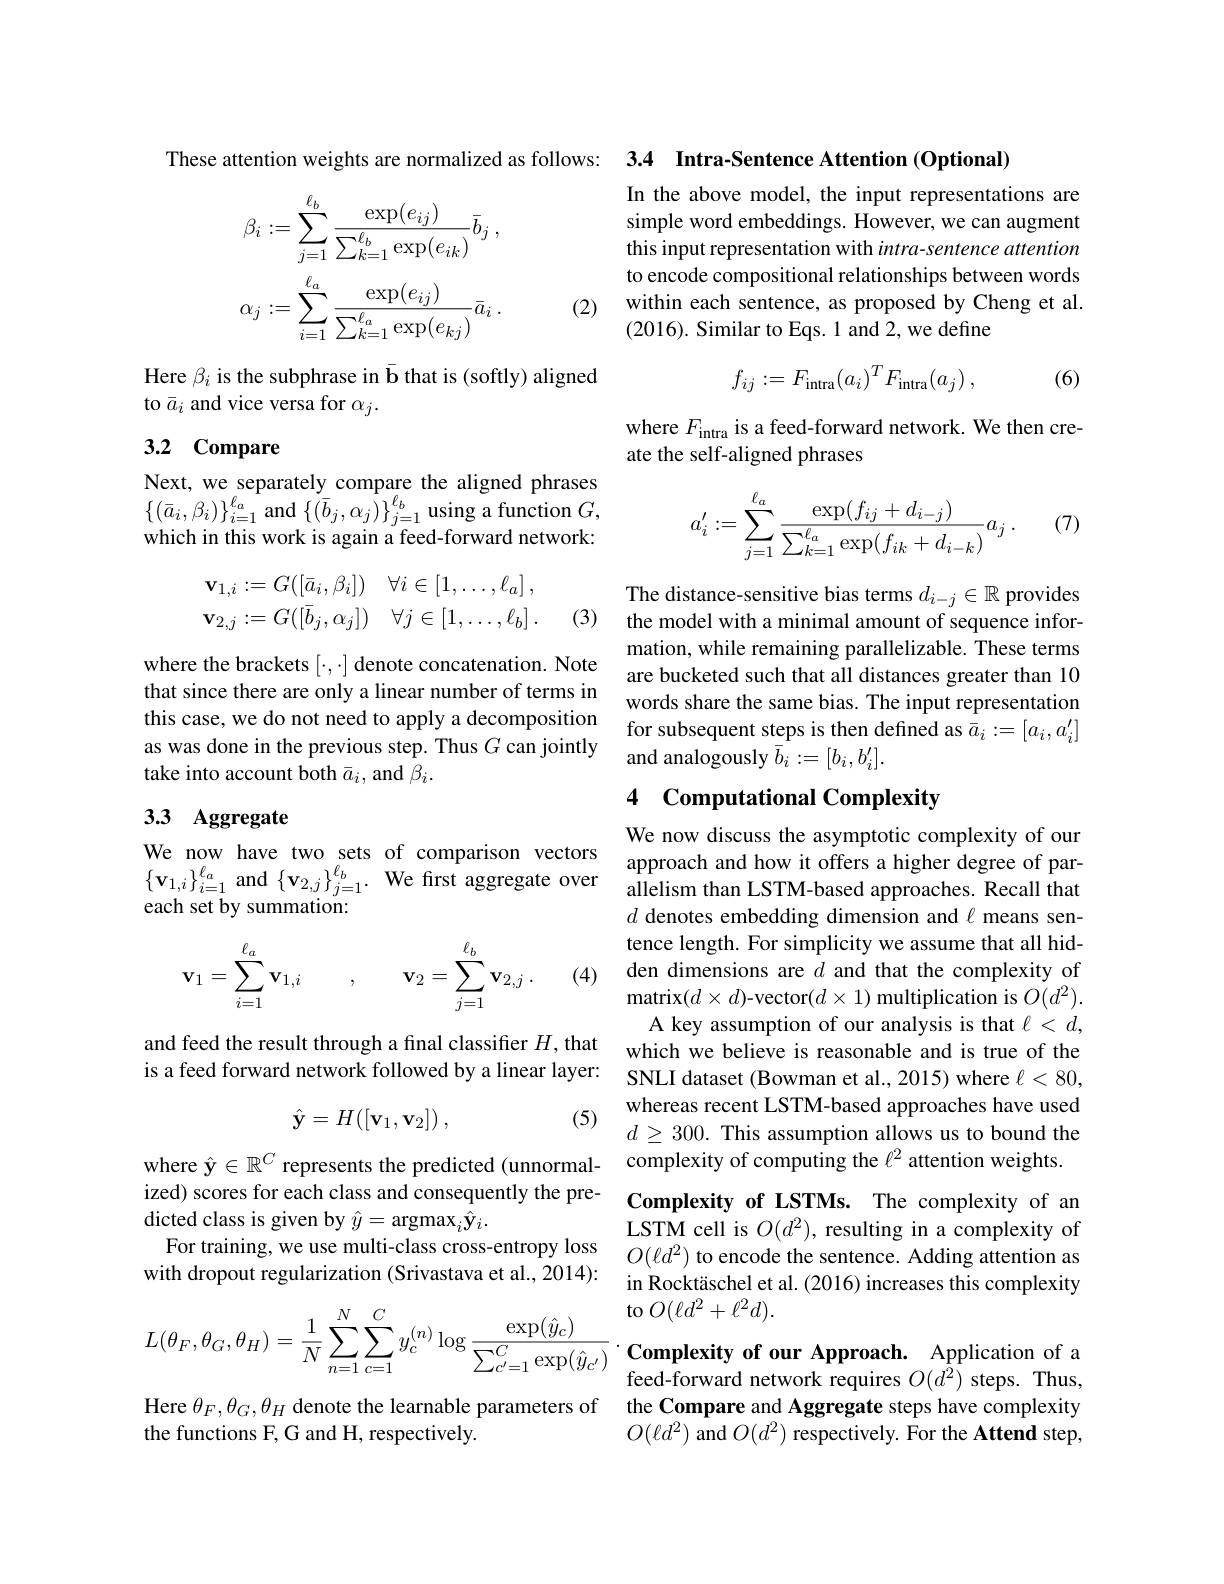
These attention weights are normalized as follows: 3.4 Intra-Sentence Attention (Optional)
$$\beta_{i}:=\sum_{j=1}^{\ell_{b}}\frac{\exp(e_{ij})}{\sum_{k=1}^{\ell_{b}}\exp(e_{ik})}\bar{b}_{j}\:,\\\alpha_{j}:=\sum_{i=1}^{\ell_{a}}\frac{\exp(e_{ij})}{\sum_{k=1}^{\ell_{a}}\exp(e_{kj})}\bar{a}_{i}\:.$$
(2)

Here $\beta_i$ is the subphrase in b that is (softly) aligned
to $\bar{a}_i$ and vice versa for $\alpha_j.$

# 3.2 Compare

Next, we separately compare the aligned phrases $\left\{(\bar{a}_{i},\beta_{i})\right\}_{i=1}^{\ell_{a}}$ and$\left\{(\bar{b}_{j},\alpha_{j})\right\}_{j=1}^{\ell_{b}}$ using a function $G$, which in this work is again a feed-forward network:
$$\begin{aligned}\mathbf{v}_{1,i}&:=G([\bar{a}_i,\beta_i])&\forall i\in[1,\dots,\ell_a]\:,\\\mathbf{v}_{2,j}&:=G([\bar{b}_j,\alpha_j])&\forall j\in[1,\dots,\ell_b]\:.\end{aligned}$$
(3)

where the brackets $[\cdot,\cdot]$ denote concatenation. Note that since there are only a linear number of terms in this case, we do not need to apply a decomposition as was done in the previous step. Thus $G$ can jointly take into account both $\bar{a}_i$, and $\beta_i.$

## 3.3 Aggregate

We now have two sets of comparison vectors $\begin{Bmatrix}\mathbf{v}_{1,i}\end{Bmatrix}_{i=1}^{\ell_a}$ and $\{\mathbf{v}_{2,j}\}_{j=1}^{\ell_b}.$ We first aggregate over each set by summation:

(4)
$$\mathbf{v}_1=\sum_{i=1}^{\ell_a}\mathbf{v}_{1,i}\quad,\quad\mathbf{v}_2=\sum_{j=1}^{\ell_b}\mathbf{v}_{2,j}\:.$$
and feed the result through a final classifier $H$, that is a feed forward network followed by a linear layer:

(5)
$$\hat{\mathbf{y}}=H([\mathbf{v}_1,\mathbf{v}_2])\:,$$
where $\hat{\mathbf{y}}\in\mathbb{R}^{C}$ represents the predicted (unnormalized) scores for each class and consequently the predicted class is given by $\hat{y}=\operatorname{argmax}_i\hat{\mathbf{y}}_i.$
For training, we use multi-class cross-entropy loss with dropout regularization (Srivastava et al., 2014):
$$\begin{aligned}L(\theta_F,\theta_G,\theta_H)=\frac{1}{N}\sum_{n=1}^{N}\sum_{c=1}^{C}y_{c}^{(n)}\log\frac{\exp(\hat{y}_{c})}{\sum_{c^{\prime}=1}^{C}\exp(\hat{y}_{c^{\prime}})}\:.\end{aligned}$$
Here $\theta_F,\theta_G,\theta_{H}$ denote the learnable parameters of
the functions F, G and H, respectively.

In the above model, the input representations are simple word embeddings. However, we can augment this input representation with intra-sentence attention to encode compositional relationships between words within each sentence, as proposed by Cheng et al. (2016). Similar to Eqs. 1 and 2, we define
$$f_{ij}:=F_{\text{intra}}(a_i)^TF_{\text{intra}}(a_j)\:,$$
(6)

where $F_{\mathrm{intra}}$ is a feed-forward network. We then cre-
ate the self-aligned phrases

(7)
$$\begin{aligned}a_i'&:=\sum_{j=1}^{\ell_a}\frac{\exp(f_{ij}+d_{i-j})}{\sum_{k=1}^{\ell_a}\exp(f_{ik}+d_{i-k})}a_j\:.\end{aligned}$$
The distance-sensitive bias terms $d_{i-j}\in\mathbb{R}$ provides the model with a minimal amount of sequence information, while remaining parallelizable. These terms are bucketed such that all distances greater than 10 words share the same bias. The input representation for subsequent steps is then defined as $\bar{a}_i:=[a_i,a_i^{\prime}]$ and analogously $\overline{b}_i:=[b_i,b_i^{\prime}].$

## 4 Computational Complexity

We now discuss the asymptotic complexity of our approach and how it offers a higher degree of parallelism than LSTM-based approaches. Recall that $d$ denotes embedding dimension and $\ell$ means sentence length. For simplicity we assume that all hidden dimensions are $d$ and that the complexity of matrix$( d\times d)$-vector$(d\times1)$ multiplication is $O(d^{2}).$
A key assumption of our analysis is that $\ell<d$, which we believe is reasonable and is true of the SNLI dataset (Bowman et al., 2015) where $\ell<80$, whereas recent LSTM-based approaches have used $d\geq300.$ This assumption allows us to bound the complexity of computing the $\ell^{2}$ attention weights.

Complexity of LSTMs. The complexity of an LSTM cell is $O(d^{2})$, resulting in a complexity of $O(\ell d^2)$ to encode the sentence. Adding attention as in Rocktäschel et al. (2016) increases this complexity to $O(\ell d^{2}+\ell^{2}d).$

Complexity of our Approach. Application of a feed-forward network requires $O(d^{2})$ steps. Thus, the Compare and Aggregate steps have complexity $O(\ell d^{2})$ and $O(d^{2})$ respectively. For the Attend step,